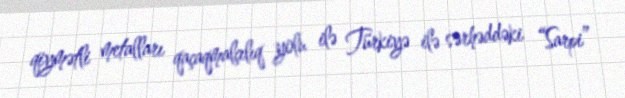
qiymətli metalları qaçaqmalçılıq yolu ilə Türkiyə ilə sərhəddəki “Sarpi”